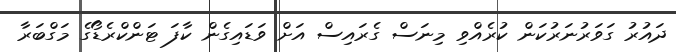
ދައުރު ގަވަރުނަރުކަން ކުރެއްވި މިނަސް ގެރައިސް އަށް ވަޑައިގެން ކާފަ ޓަންކްރެޑޯގެ މަގްބަރާ